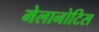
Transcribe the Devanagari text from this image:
मेलानोटिस